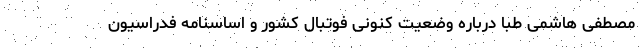
مصطفی هاشمی‌ طبا درباره وضعیت کنونی فوتبال کشور و اساسنامه فدراسیون